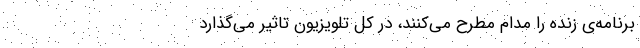
برنامه‌ی زنده را مدام مطرح می‌کنند، در کلِ تلویزیون تاثیر می‌گذارد